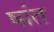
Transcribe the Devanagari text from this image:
षांत